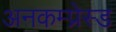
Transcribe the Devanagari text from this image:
अनकम्प्रेस्ड